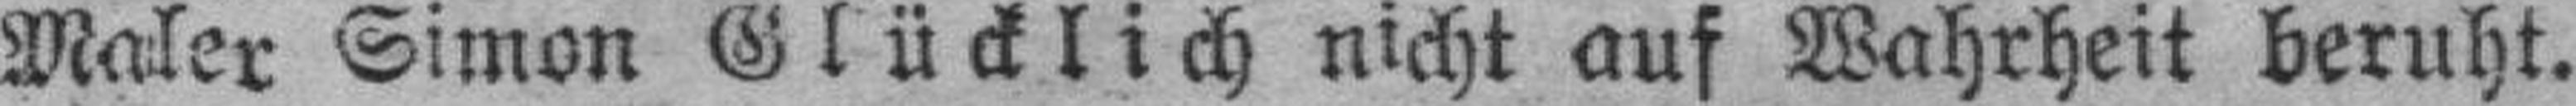
Maler Simon Glücklich nicht auf Wahrheit beruht.